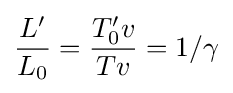
{\frac {L'}{L_{0}}}={\frac {T'_{0}v}{Tv}}=1/\gamma